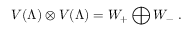
V ( \Lambda ) \otimes V ( \Lambda ) = W _ { + } \bigoplus W _ { - } \; .